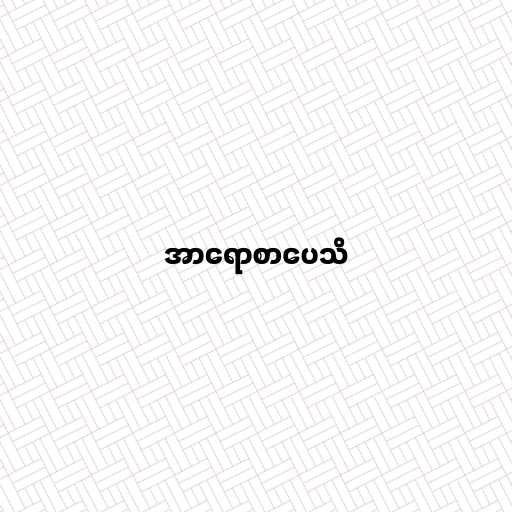
အာရောစာပေသိ